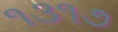
૧૩૧૭